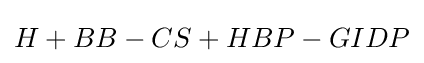
H+BB-CS+HBP-GIDP